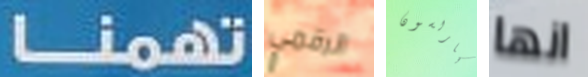
تهمنا الرقمي كارلسون انها